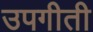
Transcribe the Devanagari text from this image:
उपगीती